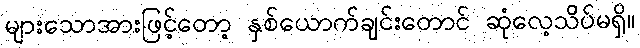
များသောအားဖြင့်တော့ နှစ်ယောက်ချင်းတောင် ဆုံလေ့သိပ်မရှိ။